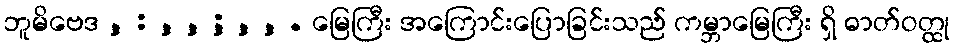
ဘူမိဗေဒ , : , , ; , , . မြေကြီး အကြောင်းပြောခြင်းသည် ကမ္ဘာမြေကြီး ရှိ ဓာတ်ဝတ္ထု